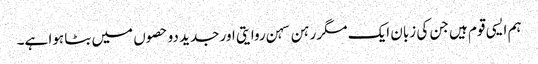
ہم ایسی قوم ہیں جن کی زبان ایک مگر رہن سہن روایتی اور جدید دو حصوں میں بٹا ہوا ہے۔